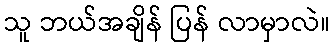
သူ ဘယ်အချိန် ပြန် လာမှာလဲ။